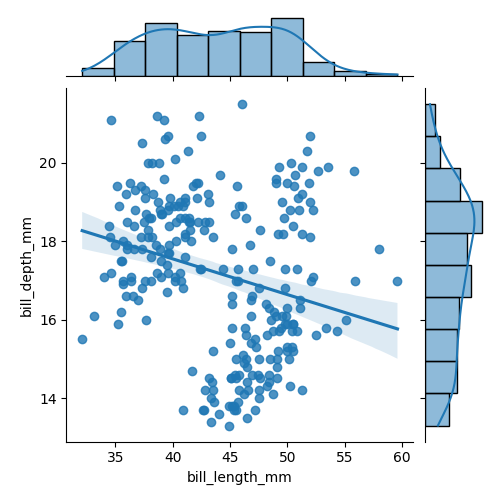
python, seaborn, jointplot, kind='reg', height='5', ratio='5', marginal_ticks='False'